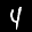
Digit: 4